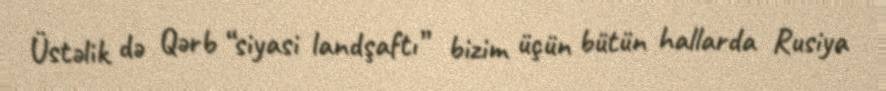
Üstəlik də Qərb “siyasi landşaftı” bizim üçün bütün hallarda Rusiya